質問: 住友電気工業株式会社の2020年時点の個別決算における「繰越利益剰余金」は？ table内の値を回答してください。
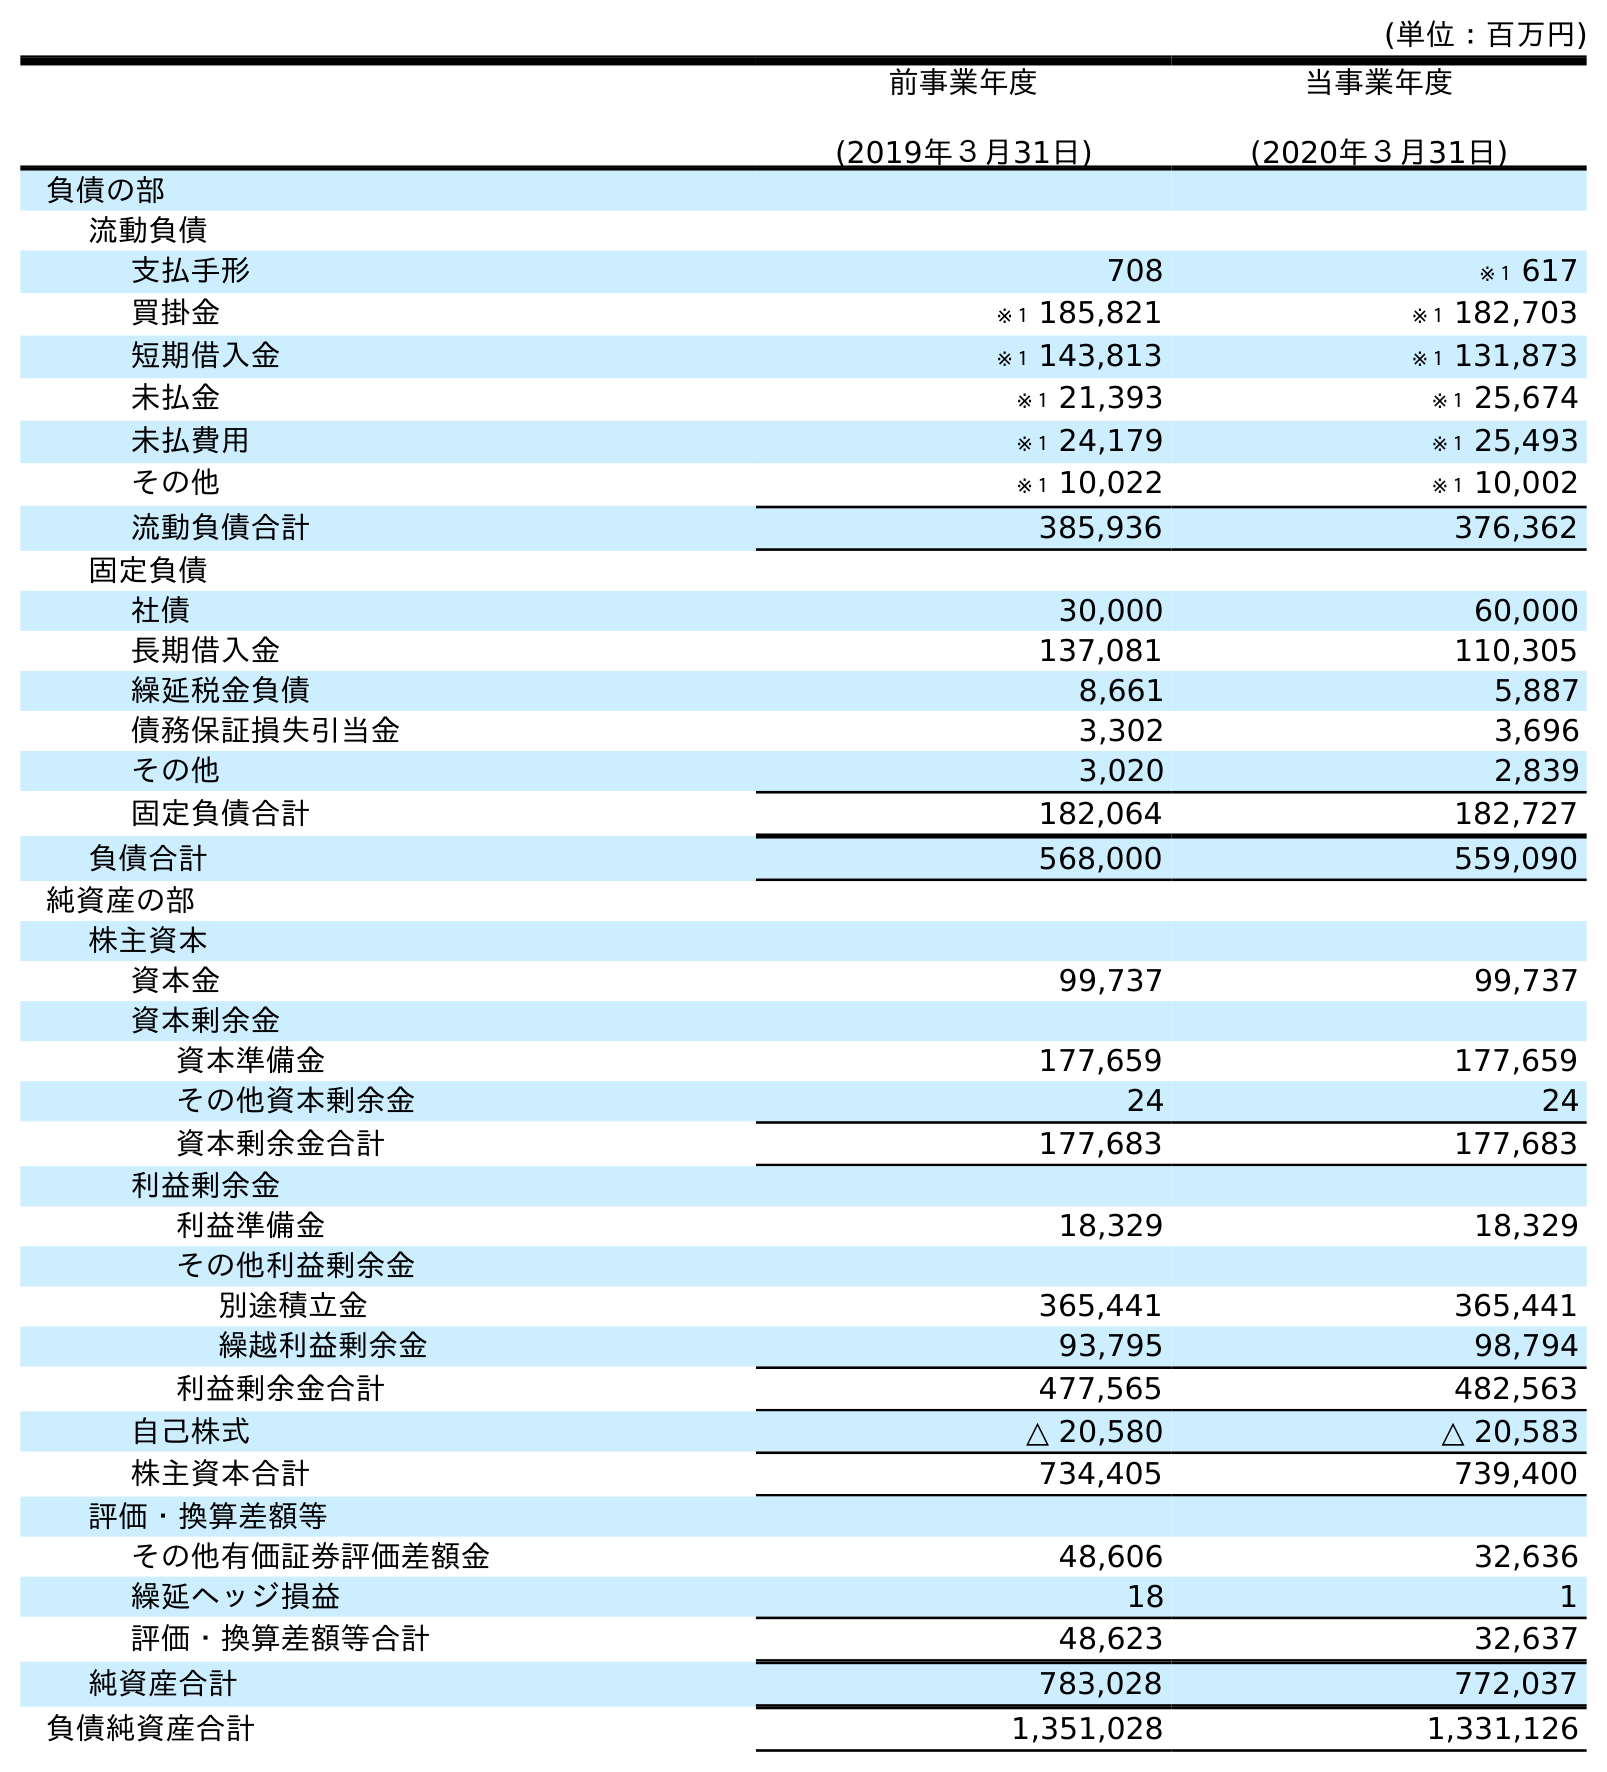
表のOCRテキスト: (単位：百万円) 前事業年度 (2019年３月31日) 当事業年度 (2020年３月31日) 負債の部 流動負債 支払手形 708 ※１ 617 買掛金 ※１ 185,821 ※１ 182,703 短期借入金 ※１ 143,813 ※１ 131,873 未払金 ※１ 21,393 ※１ 25,674 未払費用 ※１ 24,179 ※１ 25,493 その他 ※１ 10,022 ※１ 10,002 流動負債合計 385,936 376,362 固定負債 社債 30,000 60,000 長期借入金 137,081 110,305 繰延税金負債 8,661 5,887 債務保証損失引当金 3,302 3,696 その他 3,020 2,839 固定負債合計 182,064 182,727 負債合計 568,000 559,090 純資産の部 株主資本 資本金 99,737 99,737 資本剰余金 資本準備金 177,659 177,659 その他資本剰余金 24 24 資本剰余金合計 177,683 177,683 利益剰余金 利益準備金 18,329 18,329 その他利益剰余金 別途積立金 365,441 365,441 繰越利益剰余金 93,795 98,794 利益剰余金合計 477,565 482,563 自己株式 △ 20,580 △ 20,583 株主資本合計 734,405 739,400 評価・換算差額等 その他有価証券評価差額金 48,606 32,636 繰延ヘッジ損益 18 1 評価・換算差額等合計 48,623 32,637 純資産合計 783,028 772,037 負債純資産合計 1,351,028 1,331,126
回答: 98,794